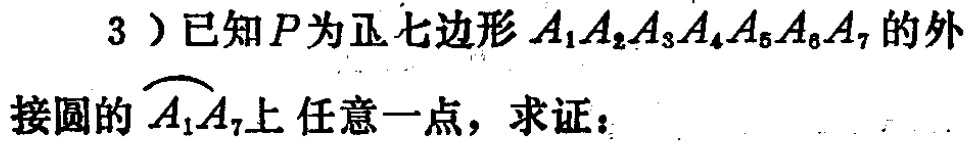
3）已知\(P\)为正七边形\(A_{1}A_{2}A_{3}A_{4}A_{5}A_{6}A_{7}\)的外接圆的\(\overset{\frown}{A_{1}A_{7}}\)上任意一点，求证：